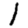
Digit: 1